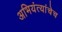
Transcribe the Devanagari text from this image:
अभियंत्यांचेच